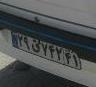
۲۹ی۷۴۲۴۱